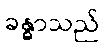
ခန္ဓာသည်